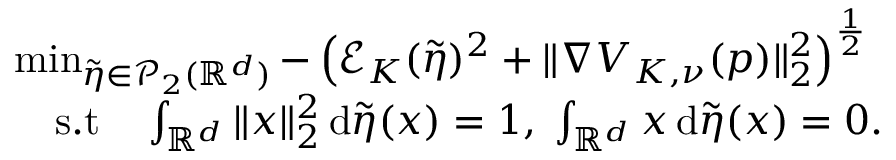
\begin{array} { r l } & { \operatorname* { m i n } _ { \tilde { \eta } \in \mathcal { P } _ { 2 } ( \mathbb { R } ^ { d } ) } - \left( \mathcal E _ { K } ( \tilde { \eta } ) ^ { 2 } + \| \nabla V _ { K , \nu } ( p ) \| _ { 2 } ^ { 2 } \right) ^ { \frac 1 2 } } \\ & { \quad \mathrm { s . t } \quad \int _ { \mathbb { R } ^ { d } } \| x \| _ { 2 } ^ { 2 } \, \mathrm { d } \tilde { \eta } ( x ) = 1 , \; \int _ { \mathbb { R } ^ { d } } x \, \mathrm { d } \tilde { \eta } ( x ) = 0 . } \end{array}